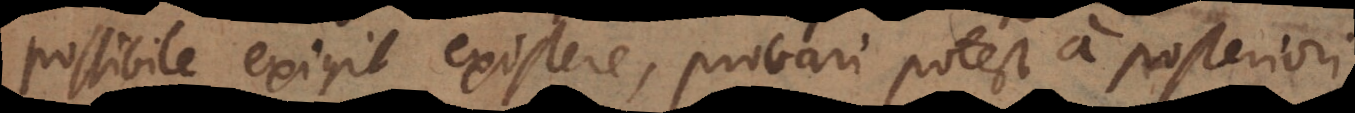
possibile exigit existere, probari potest a posteriori